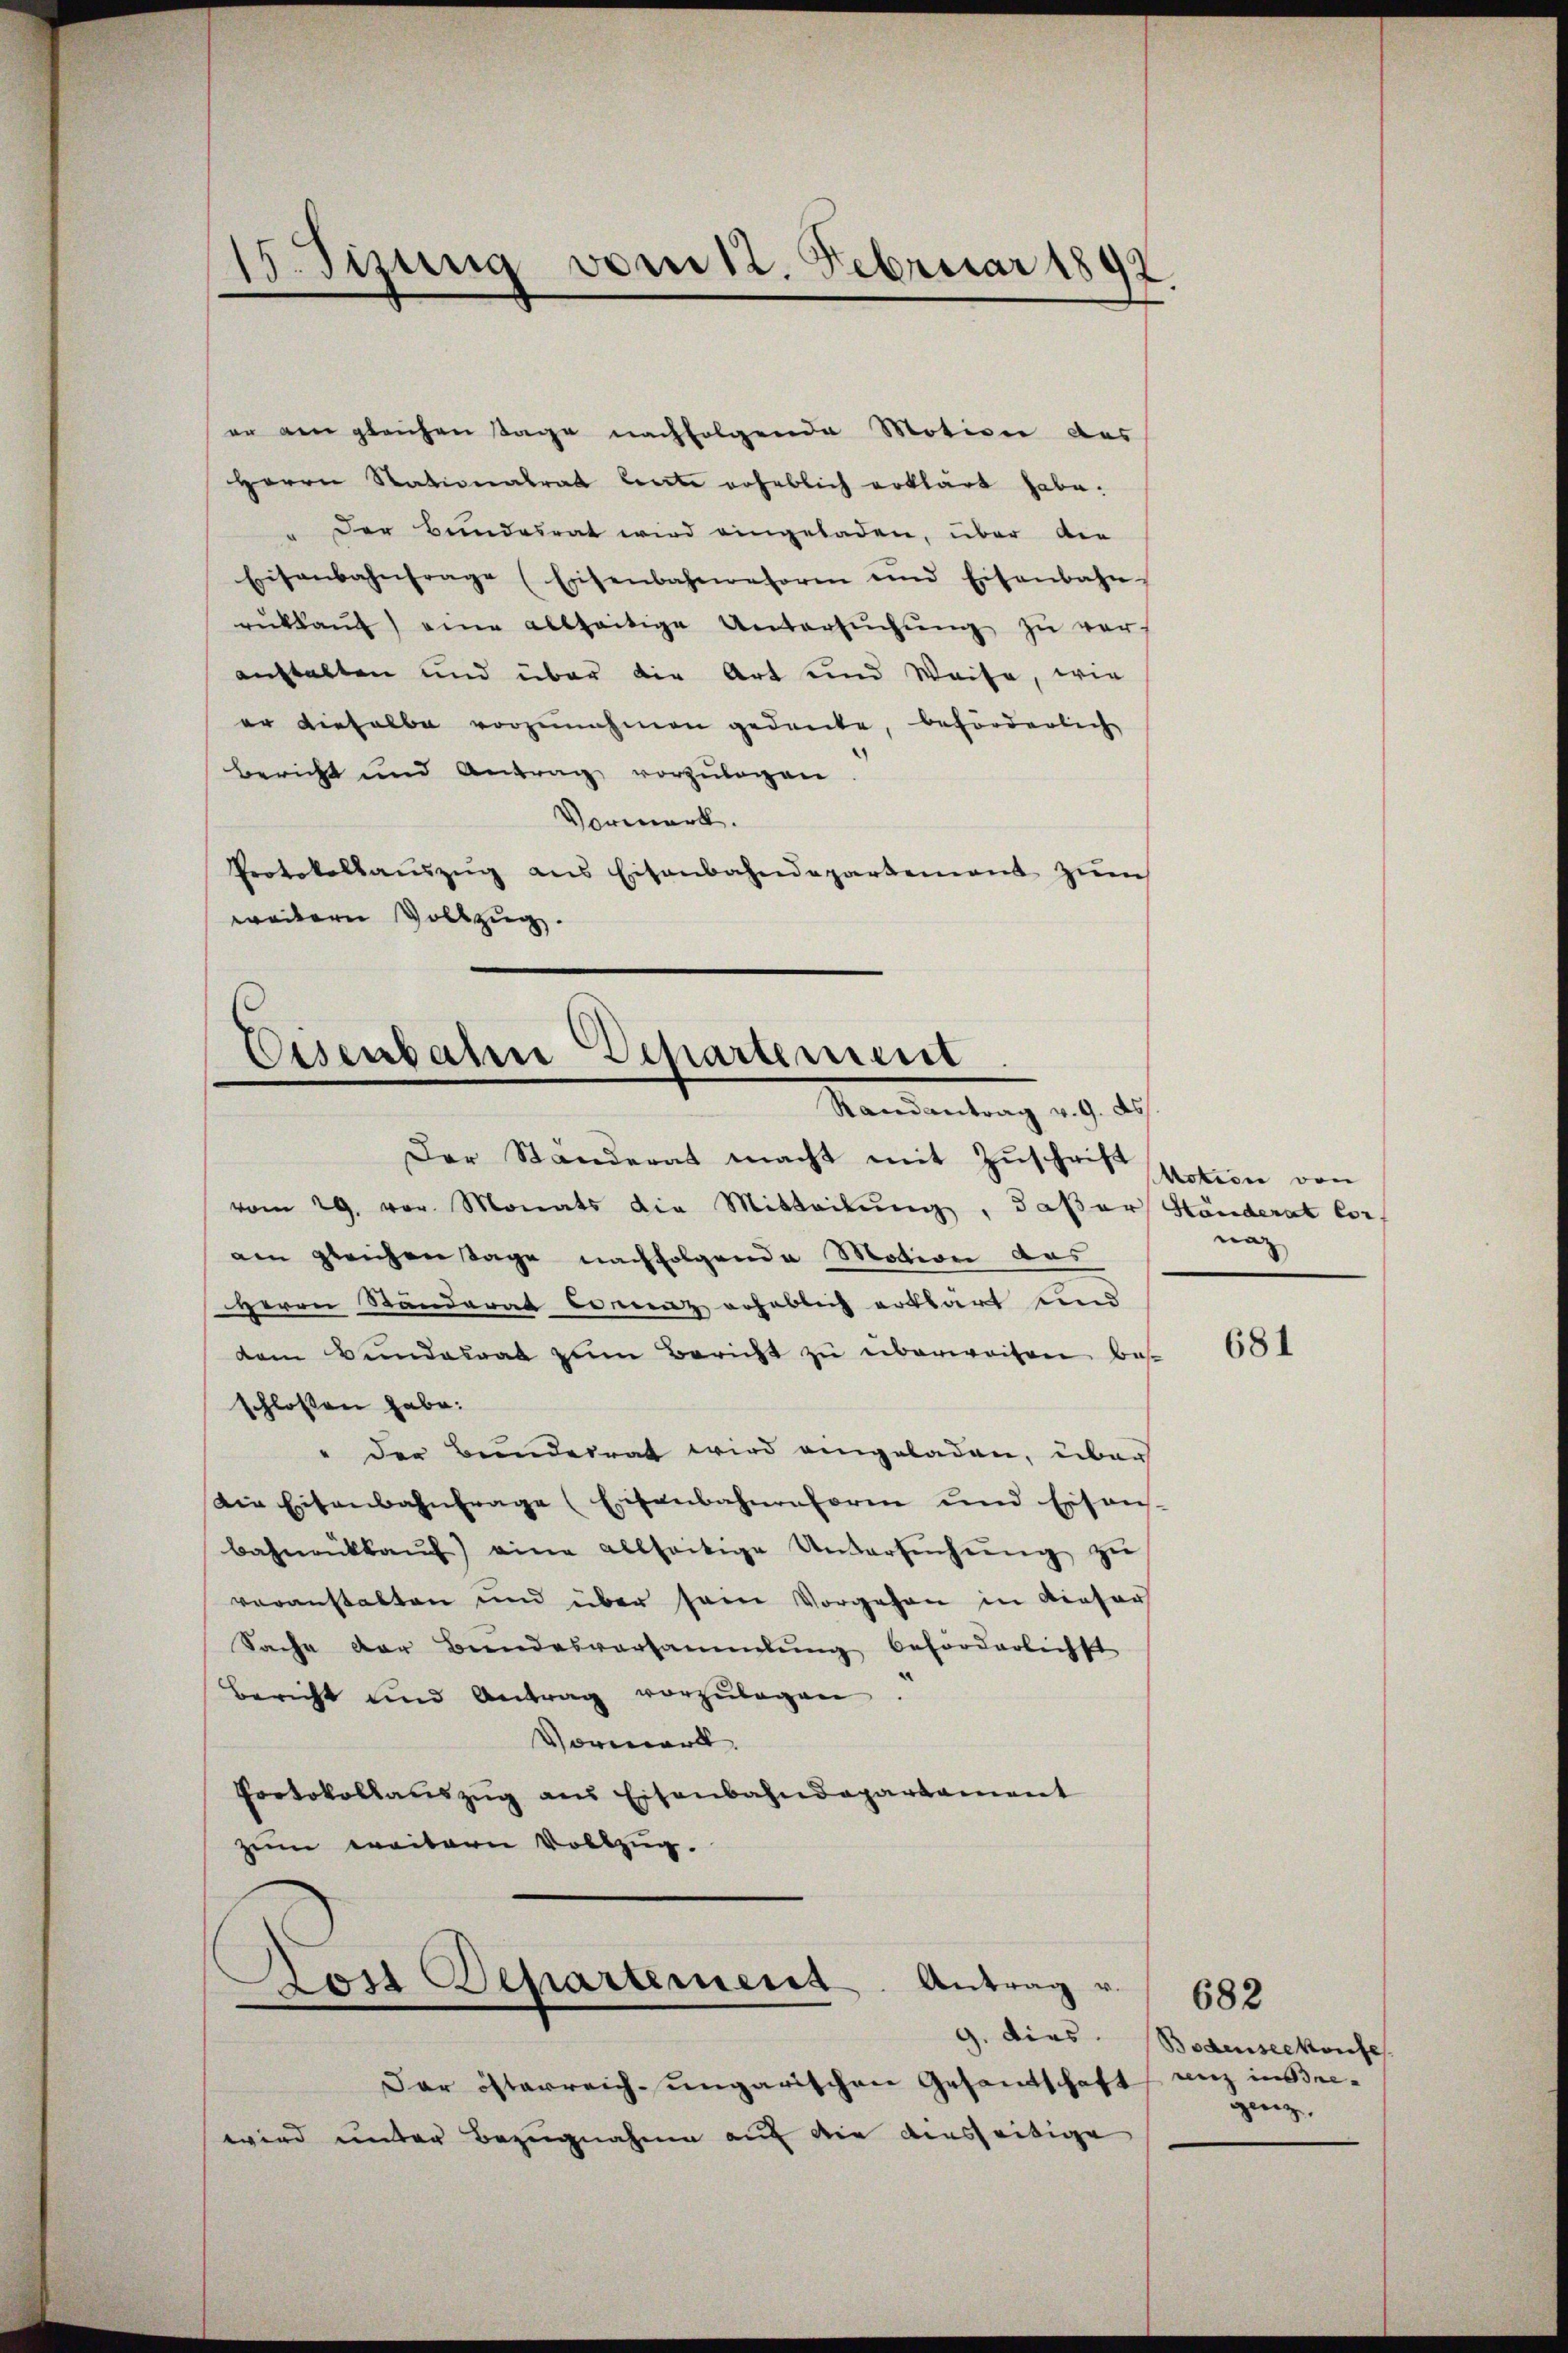
15. Sizung vom 12. Februar 1892

en den gleichen Tage nachfolgende Motion des
Herrn Stationalrat leerte erheblich erklärt habe.
Der Bundesrat wird eingeladen, über den
Eisenbahnfrage (Eisenbahngeform und Eisenbahn
rükkaŭf eine allzeitige Untersŭchŭng zŭ ver-
anstalten und über die Art und Weise, wie
er dieselbe vorzunahmen gedeute, beförderlich
Bericht und Antrag vorzŭlegen.
Vormerk.
Protokollaŭszŭg ans Eisenbahndepartement zŭm
weitern Vollzug.
Eisenbaten Departement

Mandantung des Sch

Der Ständerat macht mit Zuschrift votion von
vom 29. vor. Monats die Mitteilŭng, daßer Händerat Coram gleichen Tage nachfolgende Motion das
HHerrn Ständerat bonnenz erheblich erklärt und
dem Bundesrat zum Bericht zu überweiten bes
schlossen habe.
" der Bunderrat wird eingeladen, über
Die Eisenbahnfrage (Eisenbahnenform und Eisen-
Bahnrückkaŭf eine allseitige Untersŭchtŭng zŭ
veranstatten und über sein Vorgehen in dieser
Sache der Bundesversammlung beförderlichst
bericht und Antrag vorzŭlegen.
Vorwart.
Protokollauszug aus Eisenbahndepartament
zim weitern Vollzug.
Post Departement. Antrag u.
Dar österreich-ungarischen Gesandschaft unz in Bre-
wird unter Bezugnahme auf die diesseitige

nach

681

682
g. dies. Bodenseekonfe
genz,